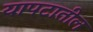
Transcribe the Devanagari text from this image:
यापटातील